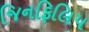
જિનફિલિપ